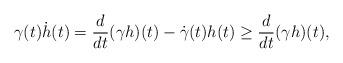
LaTeX: \begin{align*}\gamma(t)\dot h(t)=\frac{d}{dt}(\gamma h)(t)-\dot\gamma(t)h(t)\geq \frac{d}{dt}(\gamma h)(t),\end{align*}